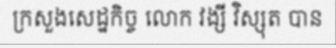
ក្រសួងសេដ្ឋកិច្ច លោក វង្សី វិស្សុត បាន